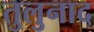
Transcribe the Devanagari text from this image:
तुलुनाद